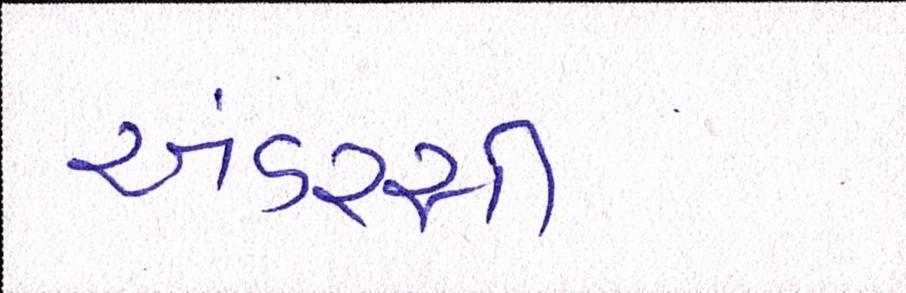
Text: અંડરસી